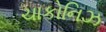
ચાકોનિઝ